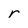
Character: r